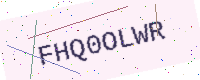
Text: FHQ0OLWR